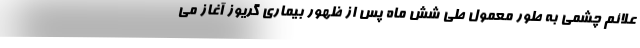
علائم چشمی به طور معمول طی شش ماه پس از ظهور بیماری گریوز آغاز می